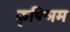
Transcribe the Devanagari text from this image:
कृषिश्रम